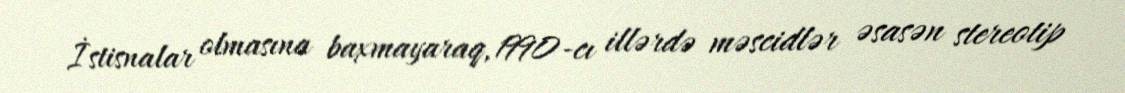
İstisnalar olmasına baxmayaraq, 1990-cı illərdə məscidlər əsasən stereotip